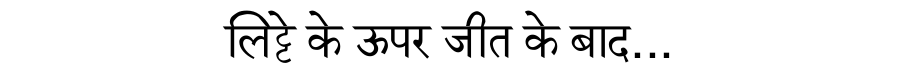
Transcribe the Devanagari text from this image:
लिट्टे के ऊपर जीत के बाद...